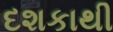
દશકાથી